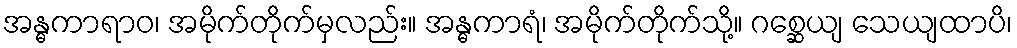
အန္ဓကာရာဝ၊ အမိုက်တိုက်မှလည်း။ အန္ဓကာရံ၊ အမိုက်တိုက်သို့။ ဂစ္ဆေယျ သေယျထာပိ၊